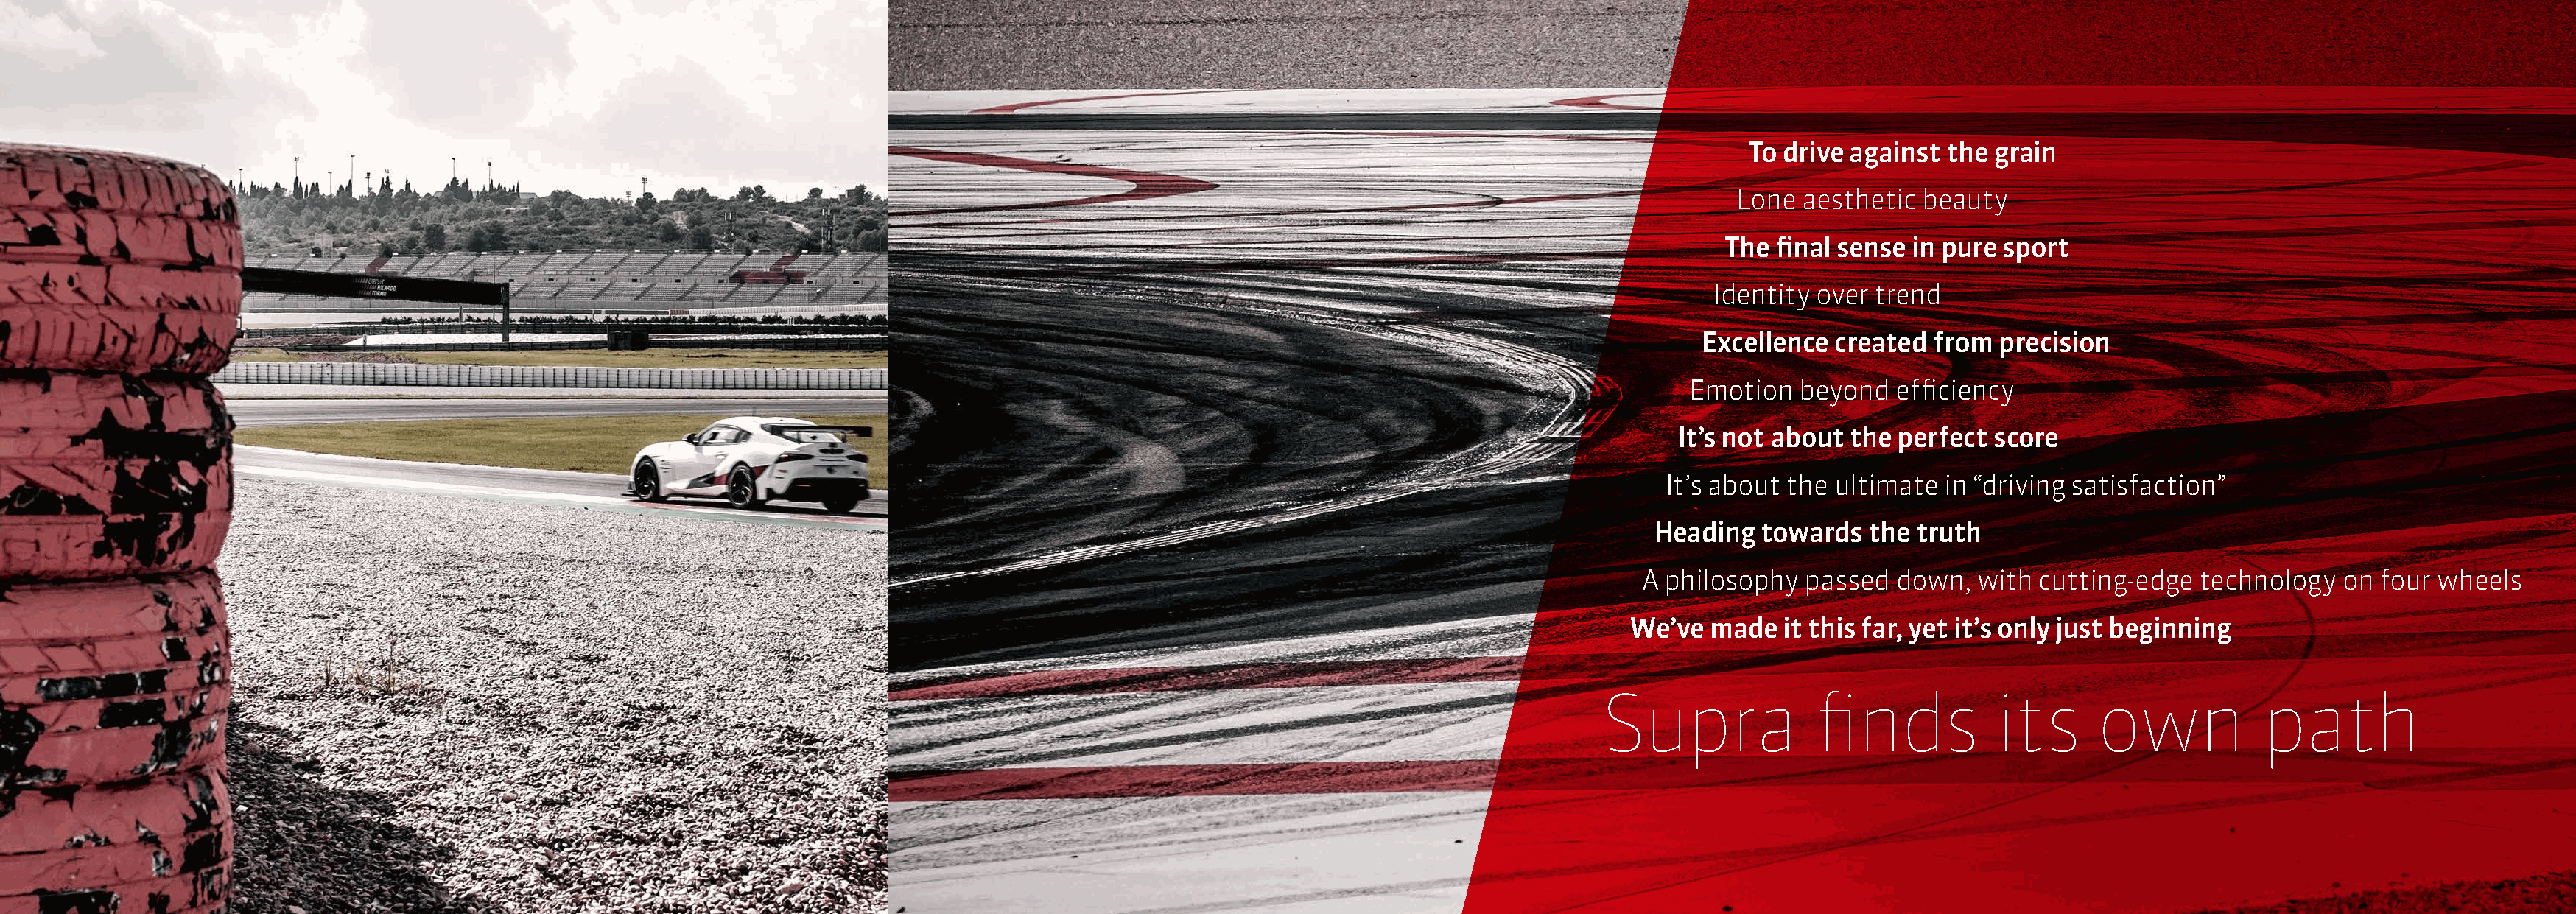
To drive against  the grain
 Lone  aesthetic  beauty
 The  final sense in pure sport
 Identity over trend
 Excellence  created  from  precision
 Emotion   beyond  efficiency
 It’s not about the perfect  score
 It’s about the ultimate  in “driving satisfaction”
 Heading  towards   the truth
 A philosophy  passed  down,   with cutting-edge   technology  on  four wheels
 We’ve   made  it this far, yet it’s only just beginning
 Supra              finds           its      own            path